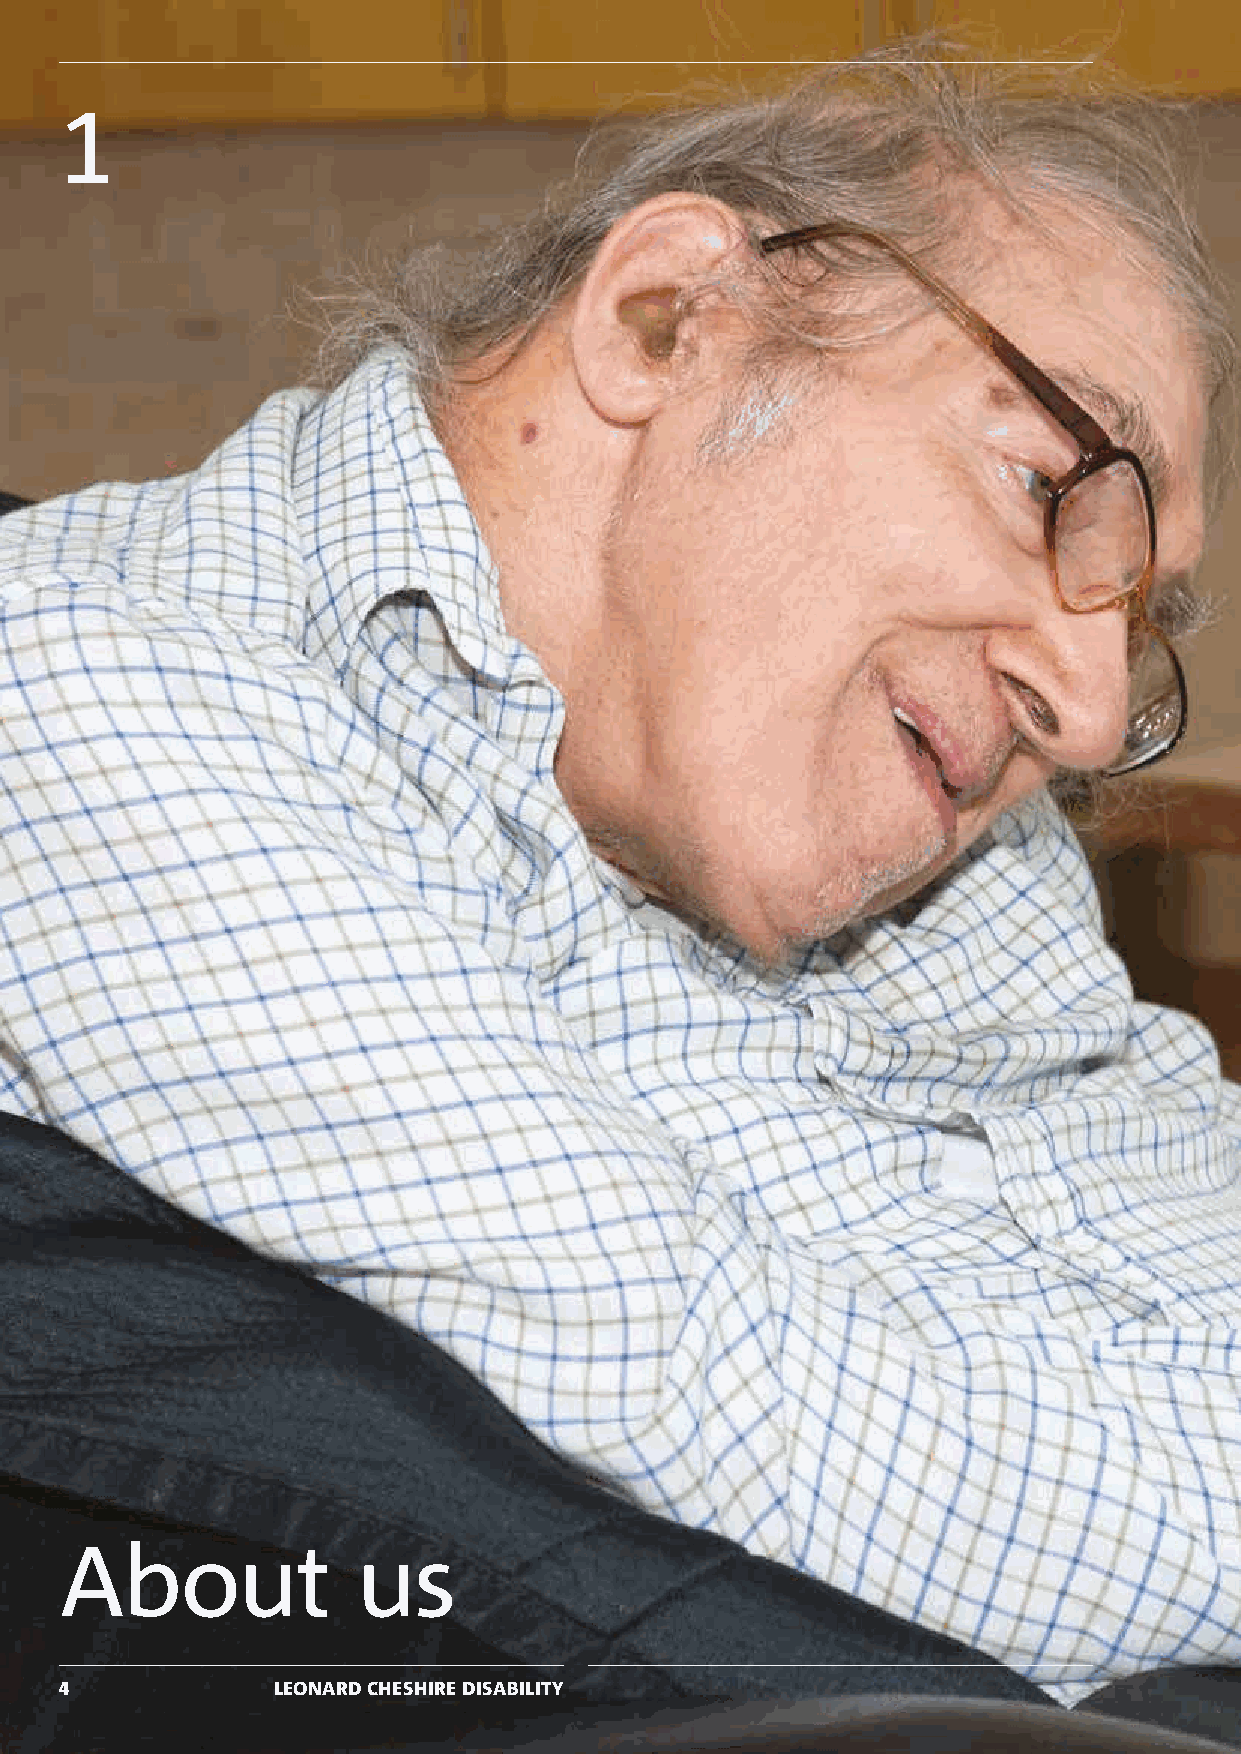
1
 About               us
 4             LEONARD CHESHIRE DISABILITY